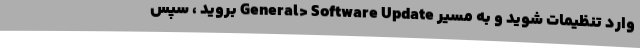
وارد تنظیمات شوید و به مسیر General> Software Update بروید ، سپس